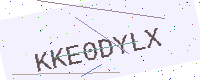
Text: KKE0DYLX